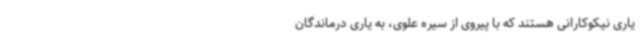
یاری نیکوکارانی هستند که با پیروی از سیره علوی، به یاری درماندگان